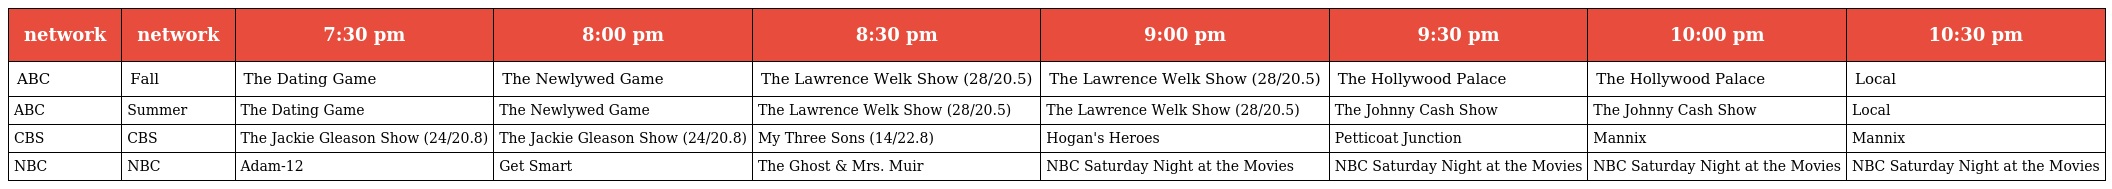
| network | network | 7:30 pm | 8:00 pm | 8:30 pm | 9:00 pm | 9:30 pm | 10:00 pm | 10:30 pm |
 | --- | --- | --- | --- | --- | --- | --- | --- | --- |
 | ABC | Fall | The Dating Game | The Newlywed Game | The Lawrence Welk Show (28/20.5) | The Lawrence Welk Show (28/20.5) | The Hollywood Palace | The Hollywood Palace | Local |
 | ABC | Summer | The Dating Game | The Newlywed Game | The Lawrence Welk Show (28/20.5) | The Lawrence Welk Show (28/20.5) | The Johnny Cash Show | The Johnny Cash Show | Local |
 | CBS | CBS | The Jackie Gleason Show (24/20.8) | The Jackie Gleason Show (24/20.8) | My Three Sons (14/22.8) | Hogan's Heroes | Petticoat Junction | Mannix | Mannix |
 | NBC | NBC | Adam-12 | Get Smart | The Ghost & Mrs. Muir | NBC Saturday Night at the Movies | NBC Saturday Night at the Movies | NBC Saturday Night at the Movies | NBC Saturday Night at the Movies |